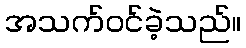
အသက်ဝင်ခဲ့သည်။